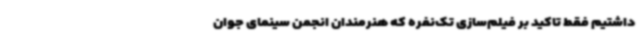
داشتیم فقط تاکید بر فیلم‌سازی تک‌نفره که هنرمندان انجمن سینمای جوان